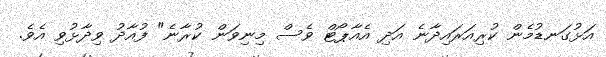
އަޅުގަނޑުމެން ކުރިއަރައިދާނެ އަދި އެއާޕޯޓް ވެސް މިނިވަން ކުރާނެ" ފުއާދު ވިދާޅުވި އެވެ.